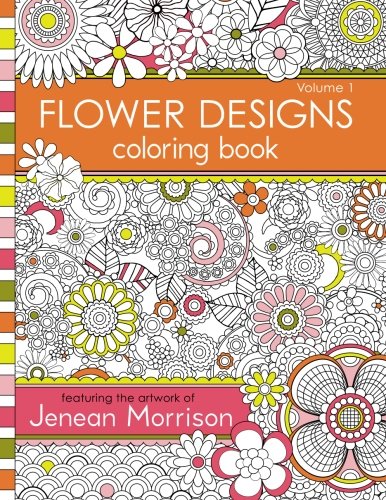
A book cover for Flower Designs Coloring Book: An Adult Coloring Book for Stress-Relief, Relaxation, Meditation and Creativity (Volume 1); Jenean Morrison; Humor & Entertainment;